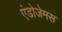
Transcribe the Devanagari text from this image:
एंडोजेमस